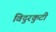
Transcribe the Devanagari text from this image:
विदुरकुटी